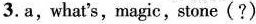
3.a, what's,magic, stone(?)